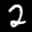
Label: 2